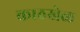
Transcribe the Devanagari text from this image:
काठखेळ